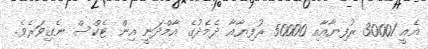
އެއީ 30001 ރުފިޔާއާއި 50000 ރުފިޔާއާ ދެމެދުގެ އާމްދަނީ އިން ޓެކްސް ނެގިވަރެވެ.